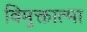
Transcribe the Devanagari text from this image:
विमुक्तात्मा